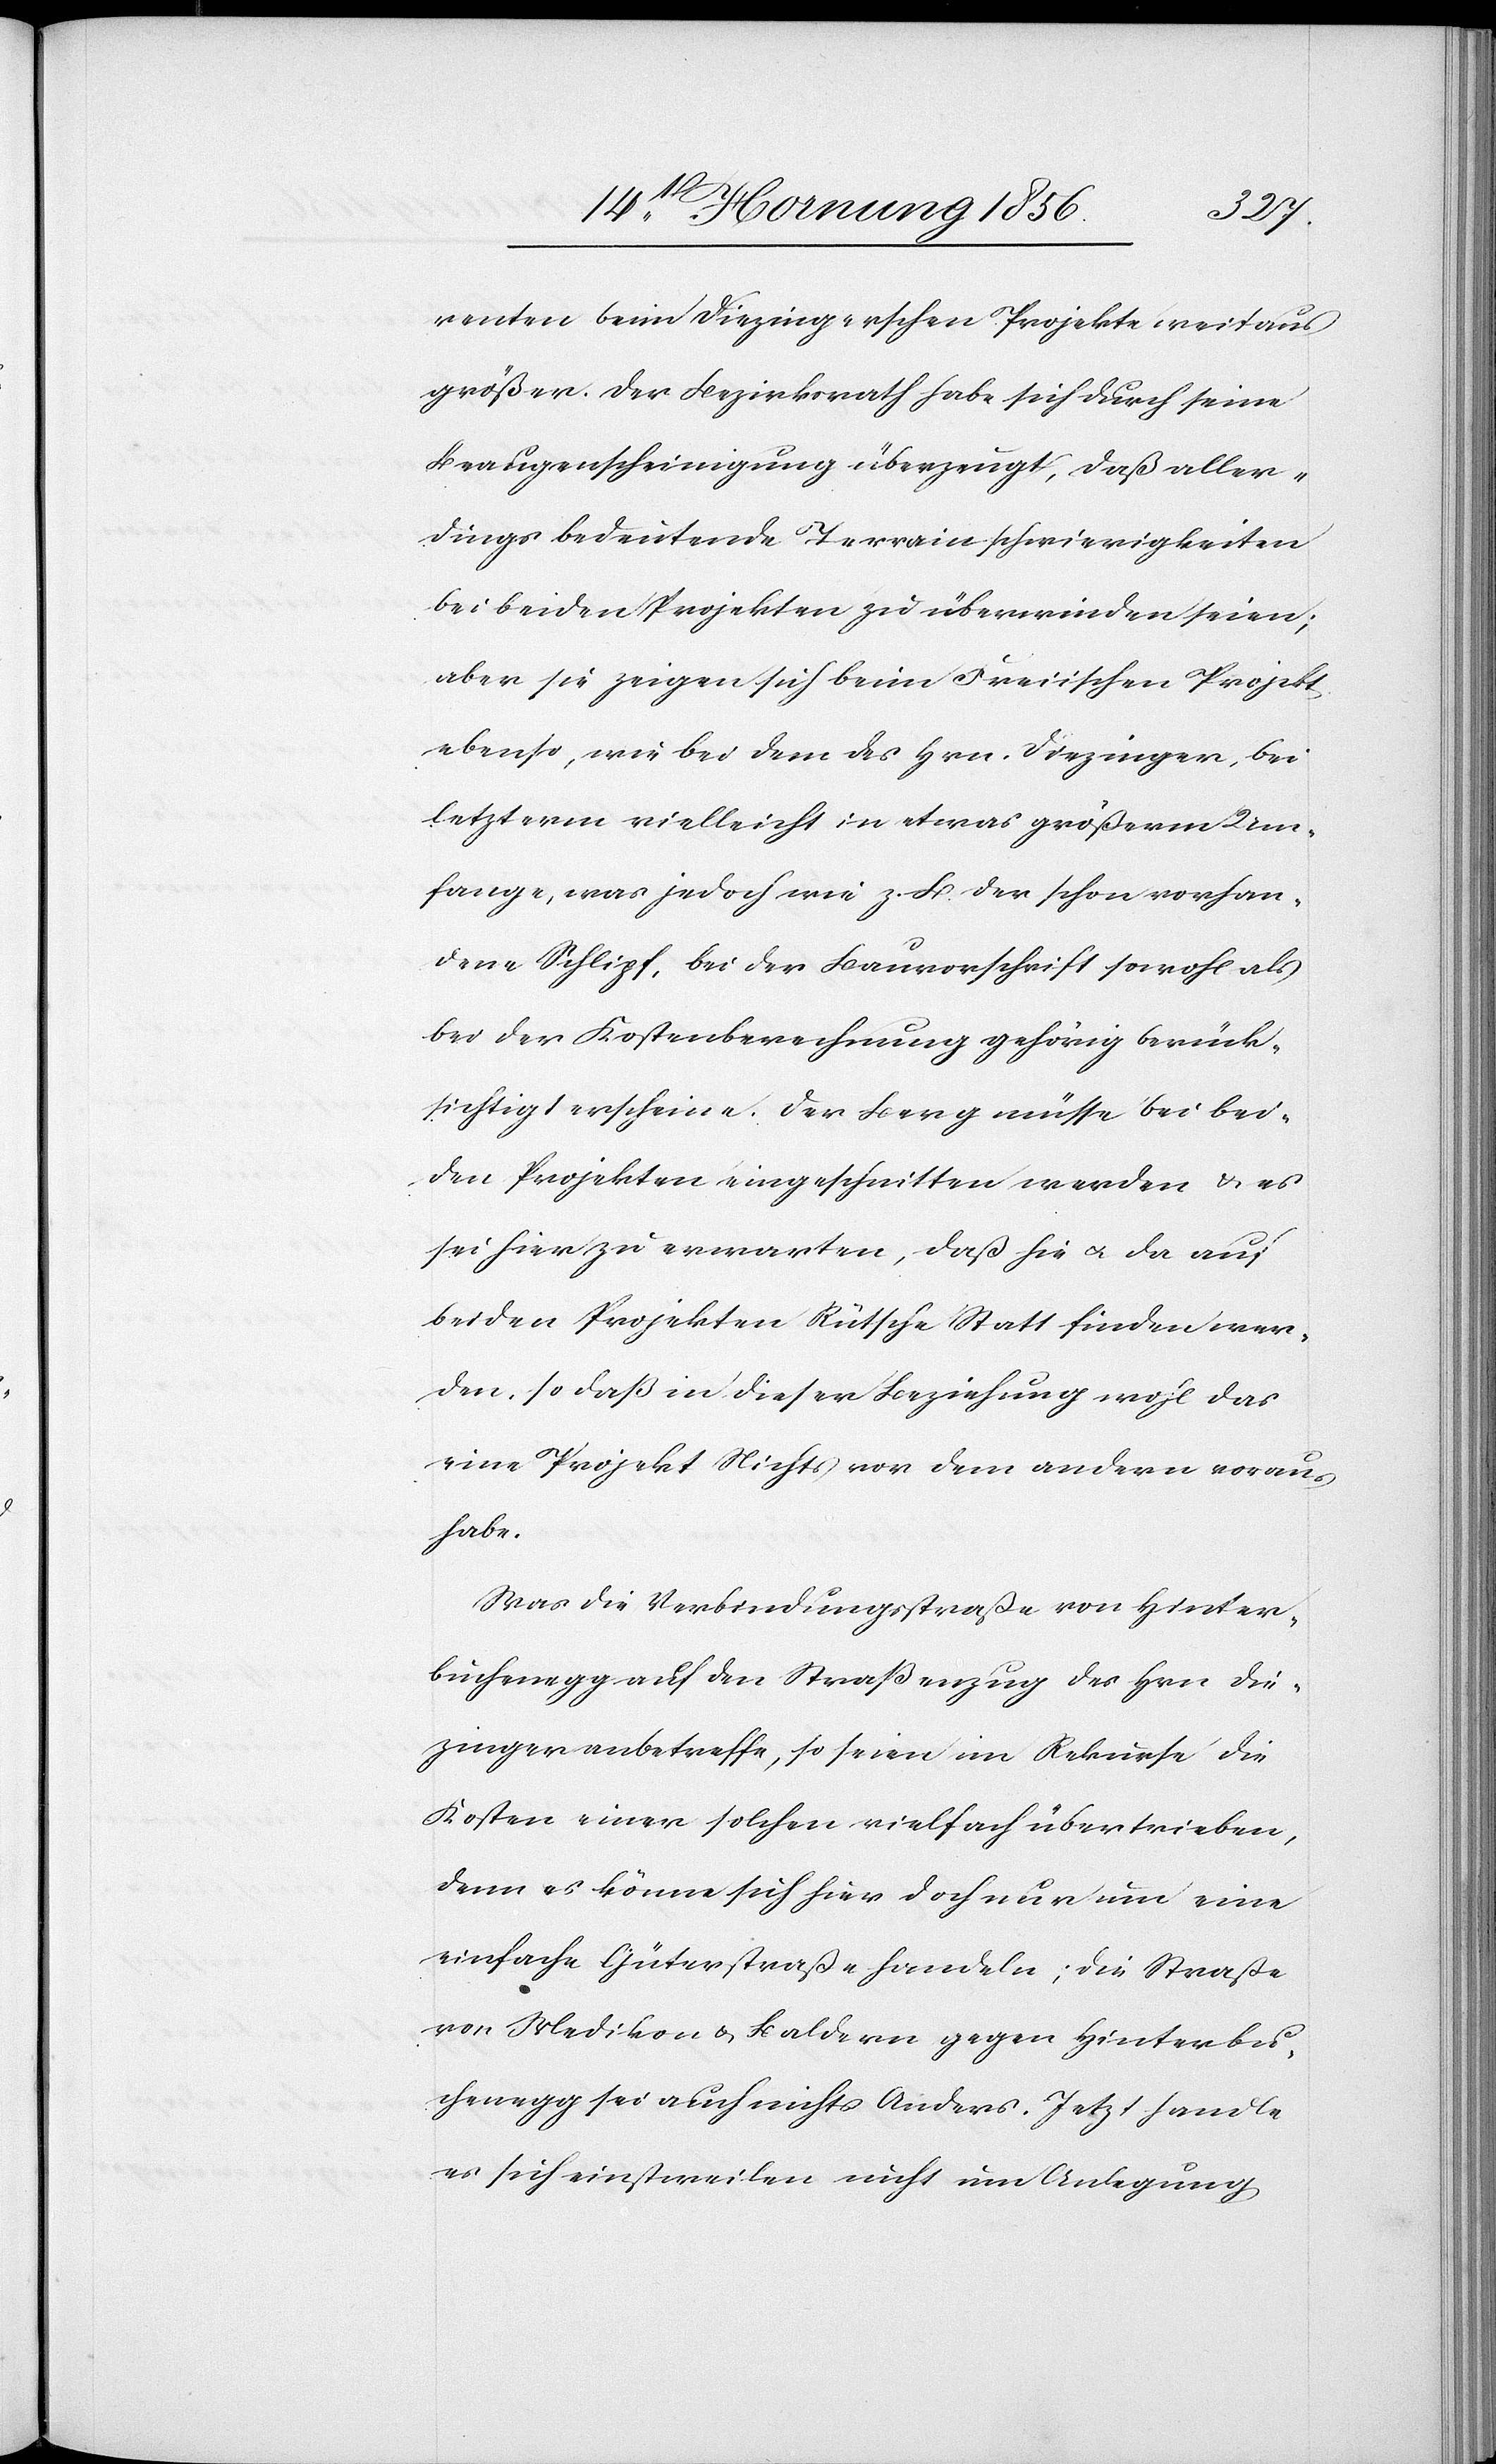
renten beim Diezingerschen Projekte weitaus
größer. Der Bezirksrath habe sich durch seine
Beaugenscheinigung überzeugt, daß aller¬
dings bedeutende Terrainschwierigkeiten
bei beiden Projekten zu überwinden seien;
aber sie zeigen sich beim Freiischen Projekt
ebenso, wie bei dem des Hrn. Diezinger, bei
letzterm vielleicht in etwas größerm Um¬
fange, was jedoch wie z. B. der schon vorhan¬
dene Schlipf, bei der Bauvorschrift sowohl als
bei der Kostenberechnung gehörig berück¬
sichtigt erscheine. Der Berg müsse bei bei¬
den Projekten eingeschnitten werden & es
sei hier zu erwarten, daß hie u. da auf
beiden Projekten Rütsche Statt finden wer¬
den, so daß in dieser Beziehung wohl das
eine Projekt Nichts vor dem andern vorau¬
s habe.
Was die Verbindungsstraße von Hinter¬
buchenegg auf den Straßenzug des Hrn Die¬
zinger anbetreffe, so seien im Rekurse die
Kosten einer solchen vielfach übertrieben,
denn es könne sich hier doch nur um eine
einfache Güterstraße handeln; die Straße
von Medikon & Baldern gegen Hinterbu¬
chenegg sei auch nicht Anders. Jetzt handle
es sich einstweilen nicht um Anlegung